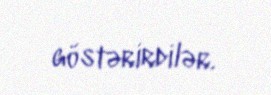
göstərirdilər.